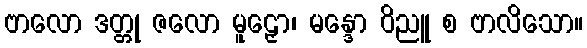
ဗာလော ဒတ္တု ဇလော မူဠှော၊ မန္ဒော ဝိညူ စ ဗာလိသော။